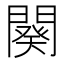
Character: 闋